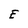
Character: E